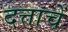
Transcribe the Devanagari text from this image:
दत्ताचें